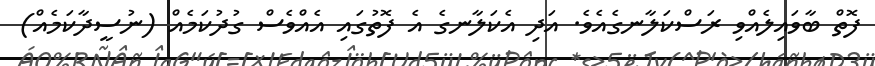
ފޮތް ބާވައިލެއްވި ރަސްކަލާނގެއެވެ. އަދި އެކަލާނގެ އެ ފޮތުގައި އެއްވެސް ގުދުކަމެއް (ނުސީދާކަމެއް)